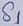
Text: S1